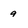
Character: 9